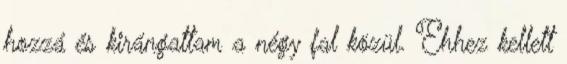
hozzá és kirángattam a négy fal közül. Ehhez kellett